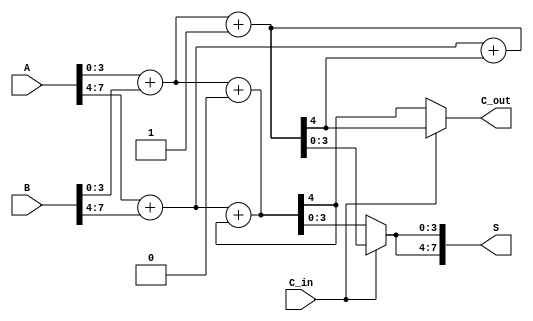
module CarrySelectAdder(
    input [7:0] A,      // 8-bit input A
    input [7:0] B,      // 8-bit input B
    input C_in,         // Carry input
    output [7:0] S,     // 8-bit sum output
    output C_out        // Carry output
);
    wire [3:0] S0, S1;  // Sum outputs for C_in = 0 and C_in = 1
    wire C0, C1;        // Carry outputs for C_in = 0 and C_in = 1
    wire C0_next, C1_next; // Carry outputs for the next block

    // Block 0 (Lower 4 bits)
    // Adder assuming C_in = 0
    assign {C0, S0} = A[3:0] + B[3:0] + 1'b0; 
    // Adder assuming C_in = 1
    assign {C1, S1} = A[3:0] + B[3:0] + 1'b1; 

    // MUX for Block 0 outputs
    wire [3:0] S_block0;
    assign S_block0 = (C_in) ? S1 : S0;

    // Carry to the next block
    assign C0_next = C0; // Carry out from block 0 when C_in = 0
    assign C1_next = C1; // Carry out from block 0 when C_in = 1

    // Block 1 (Upper 4 bits)
    // Adder assuming C_in = 0
    assign {C0, S0} = A[7:4] + B[7:4] + C0_next; 
    // Adder assuming C_in = 1
    assign {C1, S1} = A[7:4] + B[7:4] + C1_next; 

    // MUX for Block 1 outputs
    assign S[7:4] = (C_in) ? S1 : S0;

    // Final carry out
    assign C_out = (C_in) ? C1 : C0;

    // Combine the sum outputs
    assign S[3:0] = S_block0;

endmodule